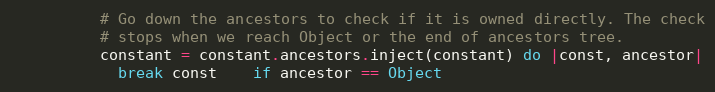
Language: Ruby
          # Go down the ancestors to check if it is owned directly. The check
          # stops when we reach Object or the end of ancestors tree.
          constant = constant.ancestors.inject(constant) do |const, ancestor|
            break const    if ancestor == Object